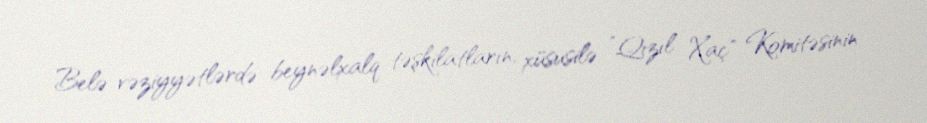
Belə vəziyyətlərdə beynəlxalq təşkilatların, xüsusilə ”Qızıl Xaç" Komitəsinin